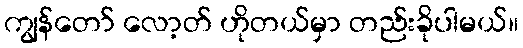
ကျွန်တော် လော့တ် ဟိုတယ်မှာ တည်းခိုပါမယ်။